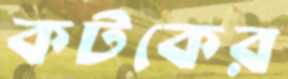
কটকের